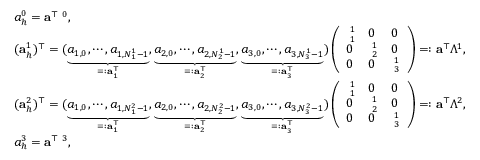
\begin{array} { r l } & { { a } _ { h } ^ { 0 } = { \mathbf a } ^ { \top } { \mathbf \Lambda } ^ { 0 } , } \\ & { ( { \mathbf a } _ { h } ^ { 1 } ) ^ { \top } = ( \underbrace { a _ { 1 , 0 } , \cdots , a _ { 1 , N _ { 1 } ^ { 1 } - 1 } } _ { = : { \mathbf a } _ { 1 } ^ { \top } } , \underbrace { a _ { 2 , 0 } , \cdots , a _ { 2 , N _ { 2 } ^ { 1 } - 1 } } _ { = : { \mathbf a } _ { 2 } ^ { \top } } , \underbrace { a _ { 3 , 0 } , \cdots , a _ { 3 , N _ { 3 } ^ { 1 } - 1 } } _ { = : { \mathbf a } _ { 3 } ^ { \top } } ) \left( \begin{array} { l l l } { { \mathbf \Lambda } _ { 1 } ^ { 1 } } & { 0 } & { 0 } \\ { 0 } & { { \mathbf \Lambda } _ { 2 } ^ { 1 } } & { 0 } \\ { 0 } & { 0 } & { { \mathbf \Lambda } _ { 3 } ^ { 1 } } \end{array} \right) = : { \mathbf a } ^ { \top } \mathbb { \Lambda } ^ { 1 } , } \\ & { ( { \mathbf a } _ { h } ^ { 2 } ) ^ { \top } = ( \underbrace { a _ { 1 , 0 } , \cdots , a _ { 1 , N _ { 1 } ^ { 2 } - 1 } } _ { = : { \mathbf a } _ { 1 } ^ { \top } } , \underbrace { a _ { 2 , 0 } , \cdots , a _ { 2 , N _ { 2 } ^ { 2 } - 1 } } _ { = : { \mathbf a } _ { 2 } ^ { \top } } , \underbrace { a _ { 3 , 0 } , \cdots , a _ { 3 , N _ { 3 } ^ { 2 } - 1 } } _ { = : { \mathbf a } _ { 3 } ^ { \top } } ) \left( \begin{array} { l l l } { { \mathbf \Lambda } _ { 1 } ^ { 1 } } & { 0 } & { 0 } \\ { 0 } & { { \mathbf \Lambda } _ { 2 } ^ { 1 } } & { 0 } \\ { 0 } & { 0 } & { { \mathbf \Lambda } _ { 3 } ^ { 1 } } \end{array} \right) = : { \mathbf a } ^ { \top } \mathbb { \Lambda } ^ { 2 } , } \\ & { { a } _ { h } ^ { 3 } = { \mathbf a } ^ { \top } { \mathbf \Lambda } ^ { 3 } , } \end{array}